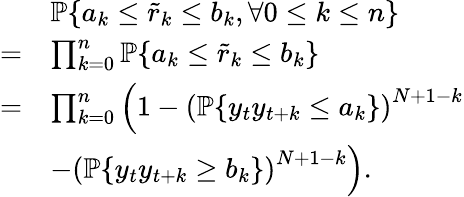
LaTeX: \begin{array}{rl}&{\mathbb{P}\{ a_{k}\leq\tilde{r}_{k}\leq b_{k},\forall 0\leq k\leq n\} }\\ {=}&{\prod_{k=0}^{n}\mathbb{P}\{ a_{k}\leq\tilde{r}_{k}\leq b_{k}\} }\\ {=}&{\prod_{k=0}^{n}\left(1-\left(\mathbb{P}\{ y_{t}y_{t+k}\leq a_{k}\} \right)^{N+1-k}\right.}\\ &{\left.-\left(\mathbb{P}\{ y_{t}y_{t+k}\geq b_{k}\} \right)^{N+1-k}\right).}\end{array}